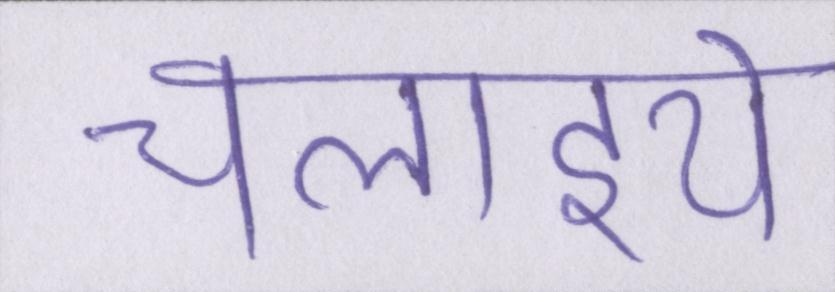
चलाइये